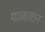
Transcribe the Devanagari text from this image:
पालावान